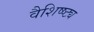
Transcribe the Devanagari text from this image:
वैशिष्ष्ट्य